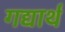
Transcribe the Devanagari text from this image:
गद्यार्थ